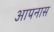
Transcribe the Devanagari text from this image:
आपनास